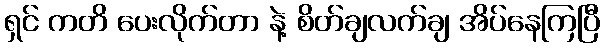
ရှင် ကတိ ပေးလိုက်တာ နဲ့ စိတ်ချလက်ချ အိပ်နေကြပြီ